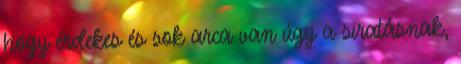
hogy érdekes és sok arca van úgy a siratásnak,